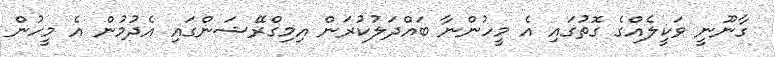
ގާނޫނީ ވަކީލެއްގެ ގޮތުގައި އެ މީހުންނާ ބައްދަލުކުރަން އިމިގްރޭޝަންގައި އެދުމުން އެ މީހުން